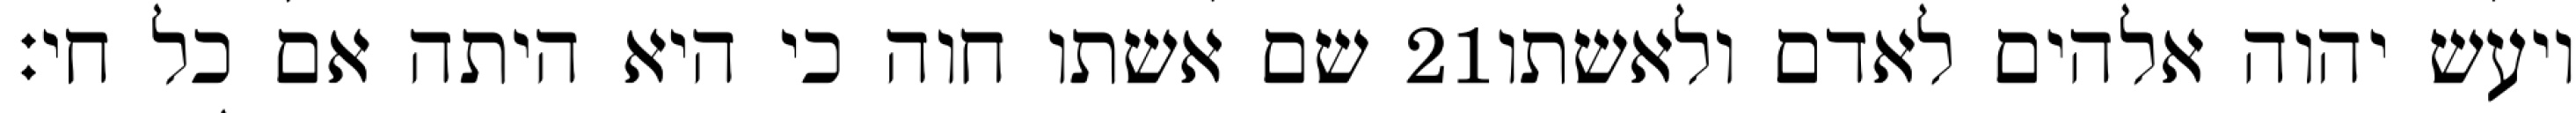
שם אשתו חוה כי היא היתה אם כל חי׃ ‎21‏ ויעש יהוה אלהים לאדם ולאשתו